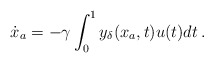
\begin{align*}\dot{{x}}_a = -\gamma \int_0^1 y_\delta({x}_a, t) u(t) dt \,.\end{align*}